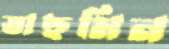
তাছমিন